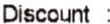
DISCOUNT :